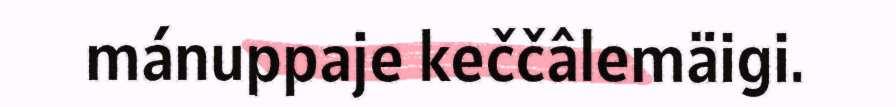
mánuppaje keččâlemäigi.